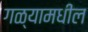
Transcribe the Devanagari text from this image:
गळ्यामधील